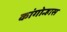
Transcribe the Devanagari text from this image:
कांगोन्हास